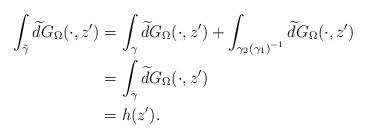
LaTeX: \begin{align*} \int_{\tilde{\gamma}}\widetilde{d} G_{\Omega}(\cdot,z')&=\int_{\gamma}\widetilde{d} G_{\Omega}(\cdot,z')+\int_{\gamma_2\left(\gamma_1\right)^{-1}}\widetilde{d} G_{\Omega}(\cdot,z')\\&=\int_{\gamma}\widetilde{d} G_{\Omega}(\cdot,z')\\&=h(z').\end{align*}